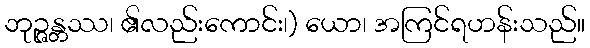
ဘုဉ္ဇန္တဿ၊ ၏လည်းကောင်း၊) ယော၊ အကြင်ရဟန်းသည်။